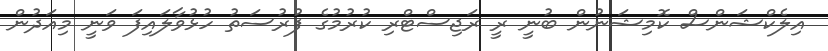
އިލެކްޝަންސް ކޮމިޝަނުން ބުނީ ރީ ރަޖިސްޓްރި ކުރުމުގެ ފުރުސަތު ހުޅުވާލައިފަ ވަނީ މިއަދުން